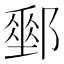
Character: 𨞄